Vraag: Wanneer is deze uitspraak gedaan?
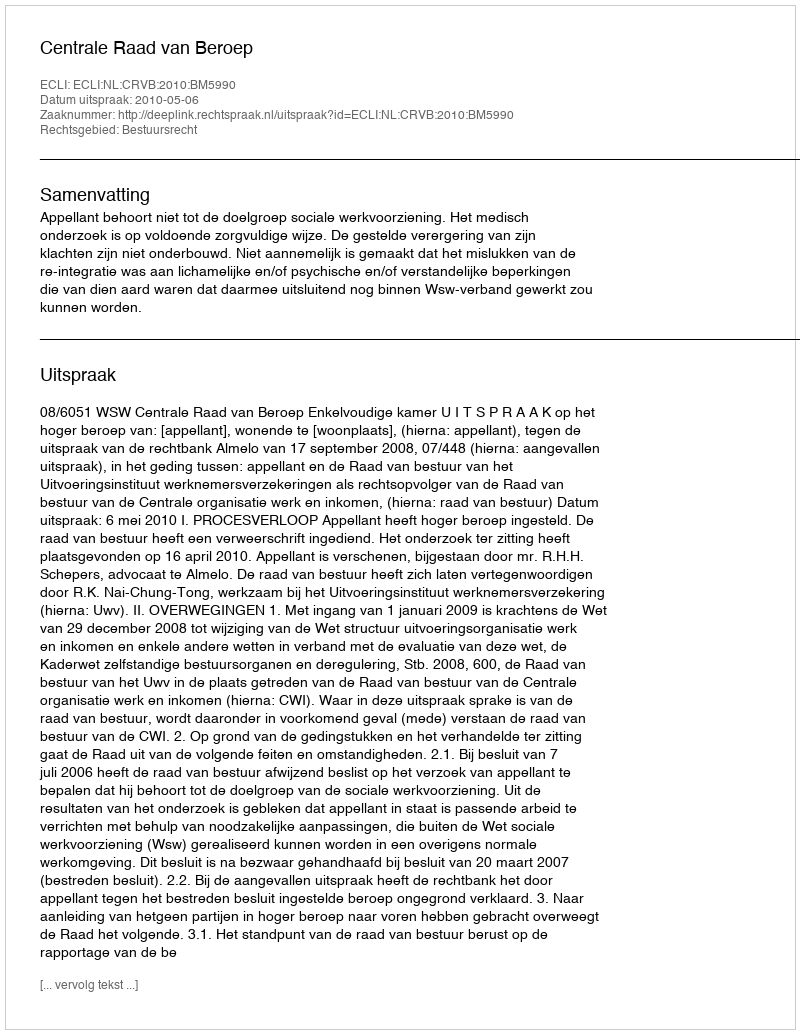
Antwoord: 2010-05-06